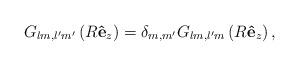
LaTeX: \begin{align*}G_{lm,l^{\prime}m^{\prime}}\left( R\mathbf{\hat{e}}_{z}\right)=\delta_{m,m^{\prime}}G_{lm,l^{\prime}m}\left( R\mathbf{\hat{e}}_{z}\right), \end{align*}